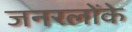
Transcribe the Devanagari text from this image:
जनरलोंके